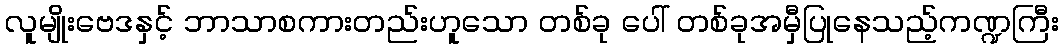
လူမျိုးဗေဒနှင့် ဘာသာစကားတည်းဟူသော တစ်ခု ပေါ် တစ်ခုအမှီပြုနေသည့်ကဏ္ဍကြီး